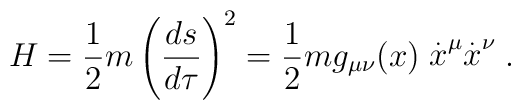
H=\frac{1}{2}m\left( \frac{ds}{d\tau }\right) ^{2}=\frac{1}{2}mg_{\mu \nu}(x)\stackrel{.}{x}^{\mu }\stackrel{.}{x}^{\nu }.